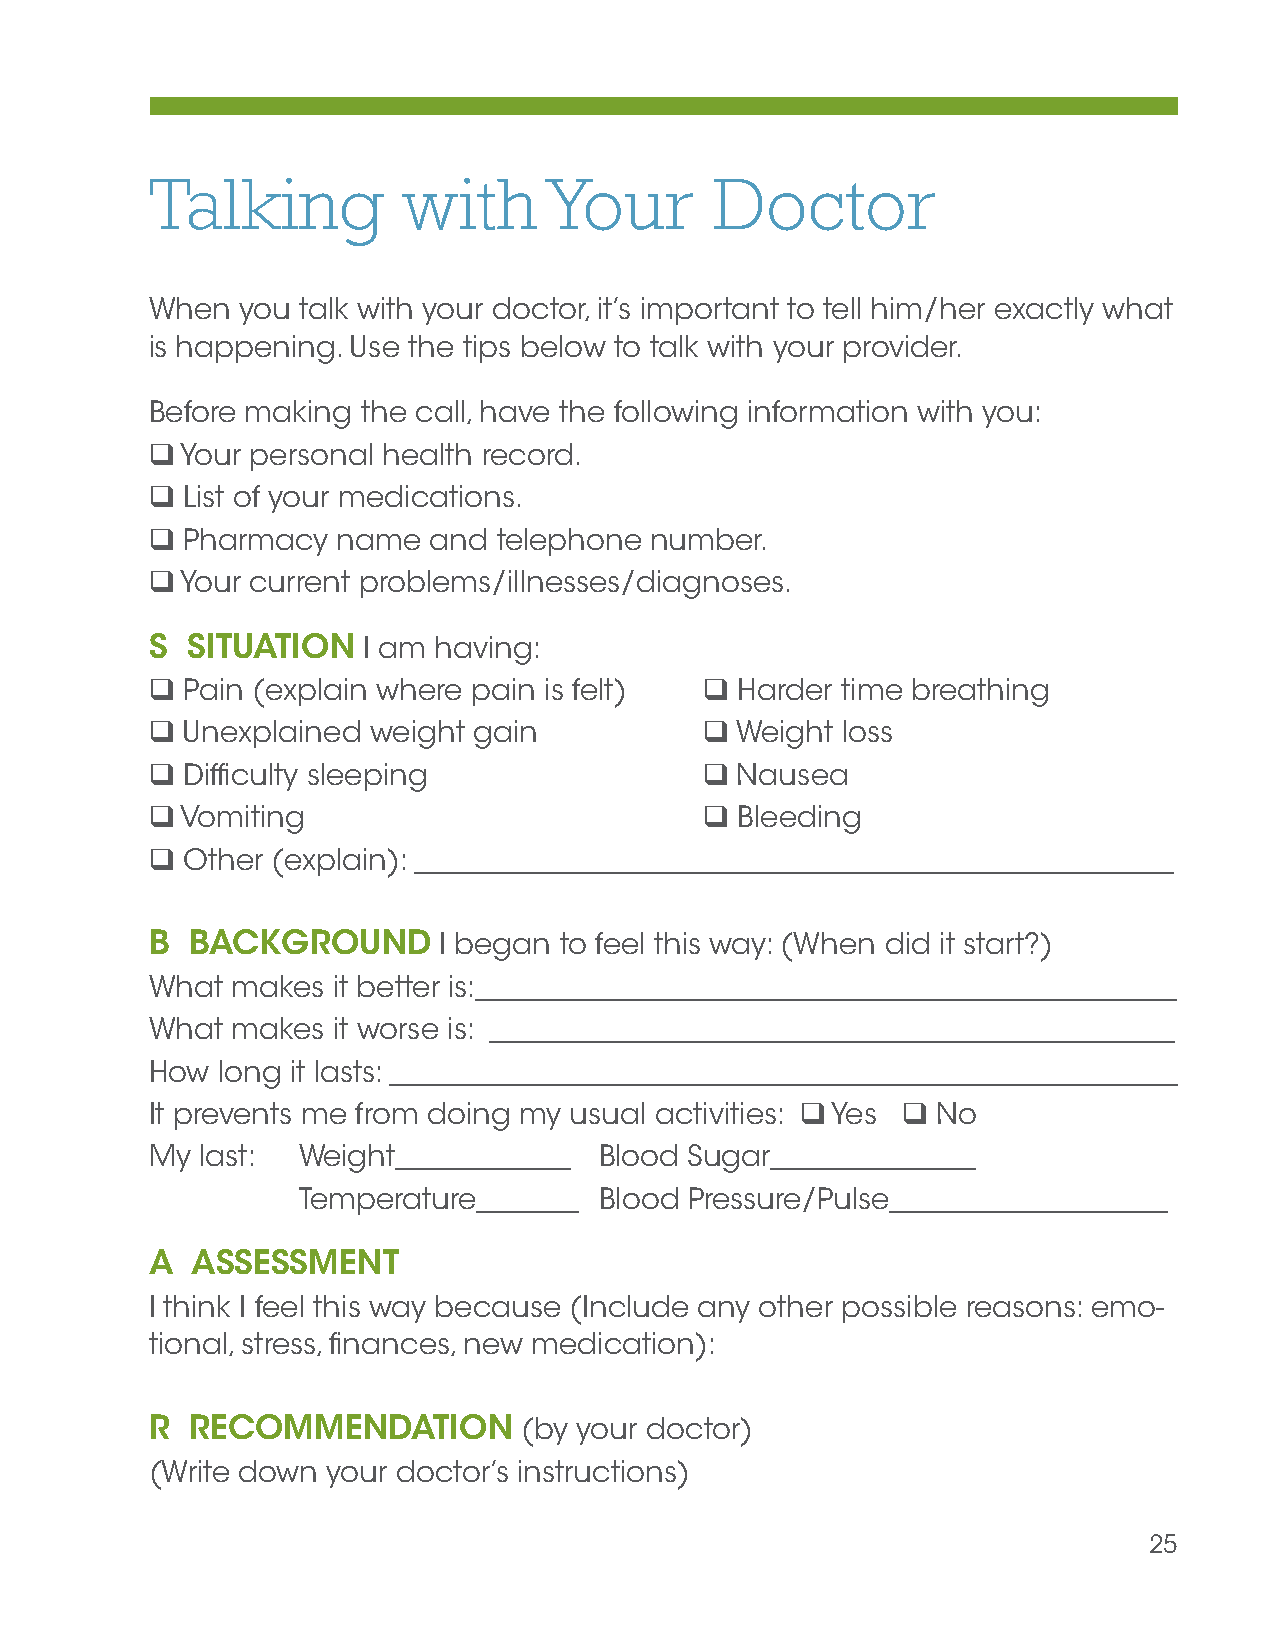
Talking          with     Your       Doctor
 When  you talk with your doctor, it’s important to tell him/her exactly what
 is happening. Use the tips below to talk with your provider.
 Before making the call, have the following information with you:
  Your personal health record.
  List of your medications.
  Pharmacy  name  and  telephone number.
  Your current problems/illnesses/diagnoses.
 S SITUATION   I am having:
  Pain (explain where pain is felt)   Harder time breathing
  Unexplained weight gain             Weight loss
  Difficulty sleeping                 Nausea
  Vomiting                            Bleeding
  Other (explain): ____________________________________________________
 B  BACKgROUND      I began to feel this way: (When did it start?)
 What makes  it better is:________________________________________________
 What makes  it worse is: _______________________________________________
 How long it lasts: ______________________________________________________
 It prevents me from doing my usual activities:  Yes  No
 My last:  Weight____________  Blood Sugar______________
 Temperature_______  Blood Pressure/Pulse___________________
 A  ASSESSMENT
 I think I feel this way because (Include any other possible reasons: emo-
 tional, stress, finances, new medication):
 R  RECOMMENDATION        (by your doctor)
 (Write down your doctor’s instructions)
 25